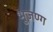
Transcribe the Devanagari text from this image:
भुजण्ग